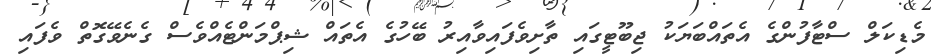
މެޑިކަލް ސްޓާފުންގެ އެތައްބަޔަކު ޖިބޫޓީގައި ތާށިވެފައިވާއިރު ބޭހުގެ އެތައް ޝިޕްމަންޓެއްވެސް ގެނެވޭގޮތް ވެފައި